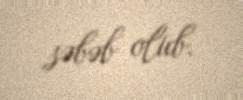
səbəb olub.